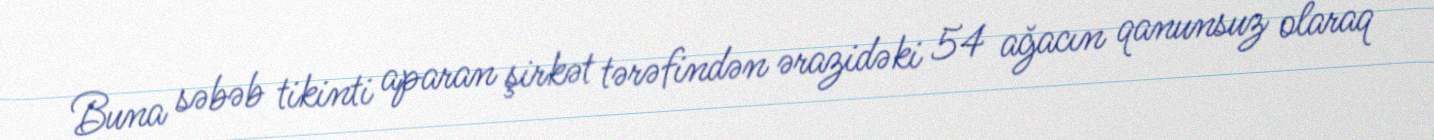
Buna səbəb tikinti aparan şirkət tərəfindən ərazidəki 54 ağacın qanunsuz olaraq